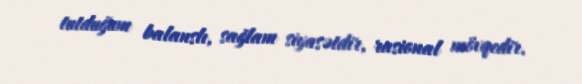
tutduğum balanslı, sağlam siyasətdir, rasional mövqedir.